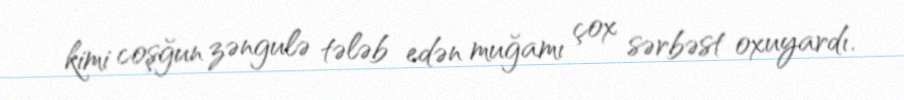
kimi coşğun zəngulə tələb edən muğamı çox sərbəst oxuyardı.